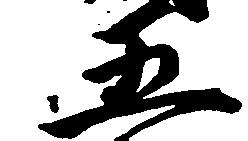
五